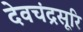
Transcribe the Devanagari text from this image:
देवचंद्रसूरि